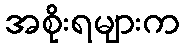
အစိုးရများက